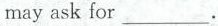
may ask for ___.